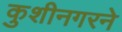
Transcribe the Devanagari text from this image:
कुशीनगरने